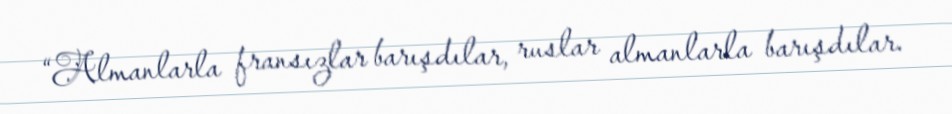
“Almanlarla fransızlar barışdılar, ruslar almanlarla barışdılar.